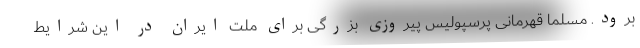
برود. مسلما قهرمانی پرسپولیس پیروزی بزرگی برای ملت ایران در این شرایط